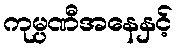
ကုမ္ပဏီအနေနှင့်